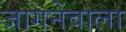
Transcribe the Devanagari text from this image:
जागनेवाला